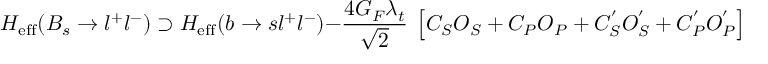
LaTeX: H _ { \mathrm { e f f } } ( B _ { s } \rightarrow l ^ { + } l ^ { - } ) \supset H _ { \mathrm { e f f } } ( b \rightarrow s l ^ { + } l ^ { - } ) - { \frac { 4 G _ { F } \lambda _ { t } } { \sqrt { 2 } } } ~ \left[ C _ { S } O _ { S } + C _ { P } O _ { P } + C _ { S } ^ { ' } O _ { S } ^ { ' } + C _ { P } ^ { ' } O _ { P } ^ { ' } \right] ,